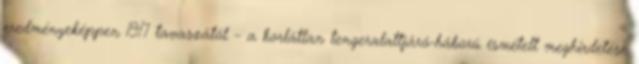
eredményeképpen 1917 tavaszától – a korlátlan tengeralattjáró-háború ismételt meghirdetése